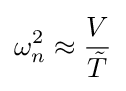
\omega _{n}^{2}\approx {\frac {V}{\tilde {T}}}